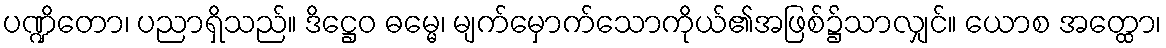
ပဏ္ဍိတော၊ ပညာရှိသည်။ ဒိဋ္ဌေဝ ဓမ္မေ၊ မျက်မှောက်သောကိုယ်၏အဖြစ်၌သာလျှင်။ ယောစ အတ္ထော၊